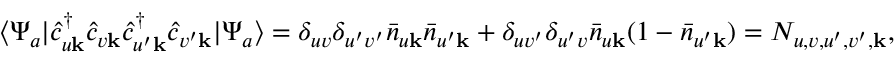
\begin{array} { r } { \langle \Psi _ { a } | \hat { c } _ { u \mathbf { k } } ^ { \dagger } \hat { c } _ { v \mathbf { k } } \hat { c } _ { u ^ { \prime } \mathbf { k } } ^ { \dagger } \hat { c } _ { v ^ { \prime } \mathbf { k } } | \Psi _ { a } \rangle = \delta _ { u v } \delta _ { u ^ { \prime } v ^ { \prime } } \bar { n } _ { u \mathbf { k } } \bar { n } _ { u ^ { \prime } \mathbf { k } } + \delta _ { u v ^ { \prime } } \delta _ { u ^ { \prime } v } \bar { n } _ { u \mathbf { k } } ( 1 - \bar { n } _ { u ^ { \prime } \mathbf { k } } ) = N _ { u , v , u ^ { \prime } , v ^ { \prime } , \mathbf { k } } , } \end{array}